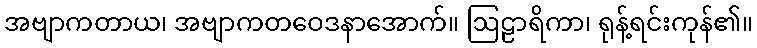
အဗျာကတာယ၊ အဗျာကတဝေဒနာအောက်။ ဩဠာရိကာ၊ ရုန့်ရင်းကုန်၏။